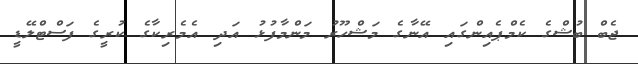
ޖެބް ބުޝްގެ ކެމްޕެއިންގައި އޭނާގެ މަޝްހޫރު މަންމާފުޅު އަދި އެމެރިކާގެ ކުރީގެ ފަސްޓްލޭޑީ